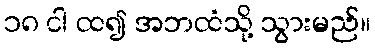
၁၈ ငါ ထ၍ အဘထံသို့ သွားမည်။